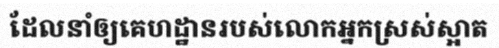
ដែលនាំឲ្យគេហដ្ឋានរបស់លោកអ្នកស្រស់ស្អាត